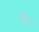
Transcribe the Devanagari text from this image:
इंटु